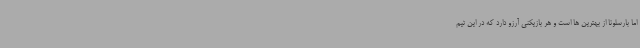
اما بارسلونا از بهترین ها است و هر بازیکنی آرزو دارد که در این تیم